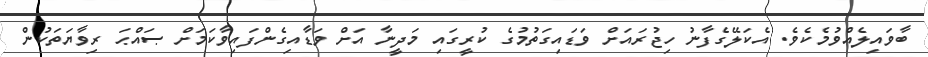
ބާވައިލެއްވުމެކެވެ. އެކަލޭގެފާނު ހިޖުރައަށް ވަޑައިގަތުމުގެ ކުރީގައި މަދީނާ އަށް ވަޑާއިގެންފައިވާކަމަށް ޞައްޙަ ރިވާޔަތަކުން